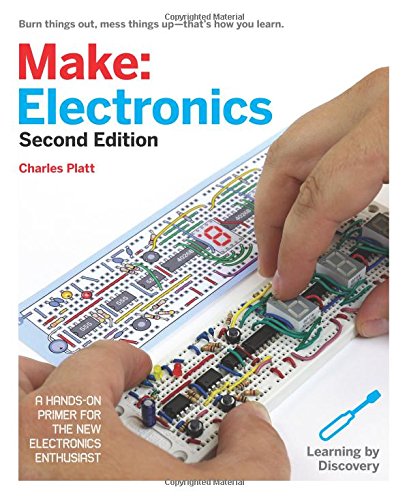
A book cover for Make: Electronics: Learning Through Discovery; Charles Platt; Engineering & Transportation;